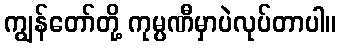
ကျွန်တော်တို့ ကုမ္ပဏီမှာပဲလုပ်တာပါ။